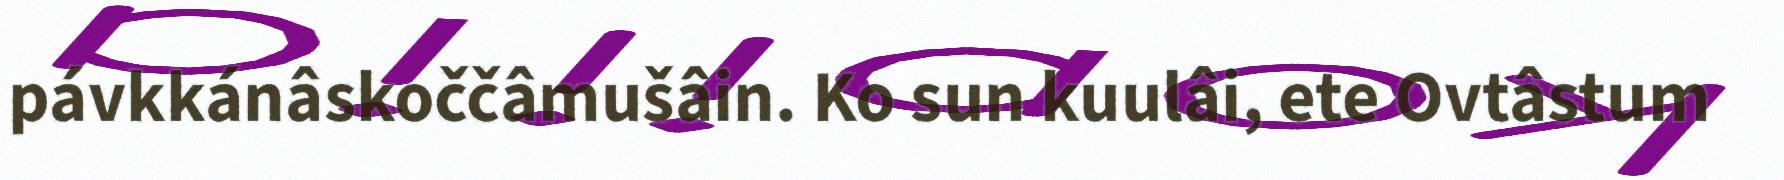
pávkkánâskoččâmušâin. Ko sun kuulâi, ete Ovtâstum